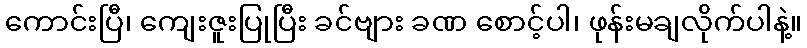
ကောင်းပြီ၊ ကျေးဇူးပြုပြီး ခင်ဗျား ခဏ စောင့်ပါ၊ ဖုန်းမချလိုက်ပါနဲ့။